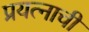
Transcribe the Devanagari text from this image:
प्रयत्नाची